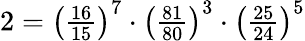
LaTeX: \textstyle 2={\left({\frac{16}{15}}\right)}^{7}\cdot{\left({\frac{81}{80}}\right)}^{3}\cdot{\left({\frac{25}{24}}\right)}^{5}